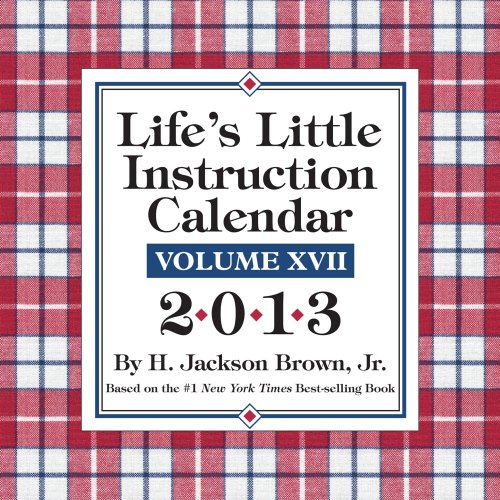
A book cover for Life's Little Instruction 2013 Day-to-Day Calendar: Volume XVII; H. Jackson Brown Jr.; Calendars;